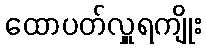
ထောပတ်လှူရကျိုး